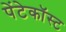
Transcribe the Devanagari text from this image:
पेंटेकॉस्ट